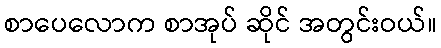
စာပေလောက စာအုပ် ဆိုင် အတွင်းဝယ်။